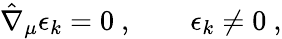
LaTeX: \hat{\nabla}_{\mu}\epsilon_{k}=0\ ,\qquad\epsilon_{k}\neq 0\ ,